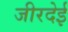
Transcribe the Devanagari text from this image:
जीरदेई